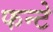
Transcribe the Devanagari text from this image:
फन्टे